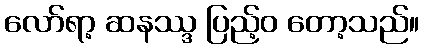
လော်ရာ့ ဆနဿ္ဒ ပြည့်ဝ တော့သည်။